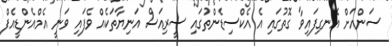
ސަންއަށް އެނގިފައިވާ ގޮތުގައި އެ އެކްސިޑެންތުގައި ސީރިއަސް އަނިޔާތަކެއް ވެފައި ވަނީ އެމްއެންޑީއެފް